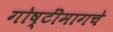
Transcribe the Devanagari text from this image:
गोष्टींमागचे